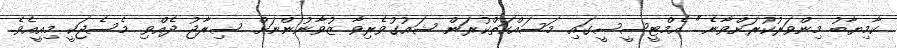
ކާމިޔާބު މިންވަރުކުރަށްވާނެ." އެމްޓީސީސީގައި މަސައްކަތްކުރަން ޝައުގުވެރިވާ ޒުވާނުންނަށް ސިރާޖު ދެއްވި މެސެޖަކީ މިއީއެވެ.